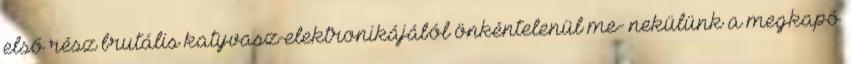
első rész brutális katyvasz-elektronikájából önkéntelenül me- nekülünk a megkapó